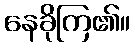
နေခိုကြ၏။